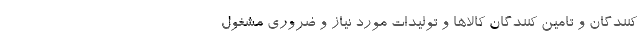
کنندگان و تامین کنندگان کالاها و تولیدات مورد نیاز و ضروری مشغول